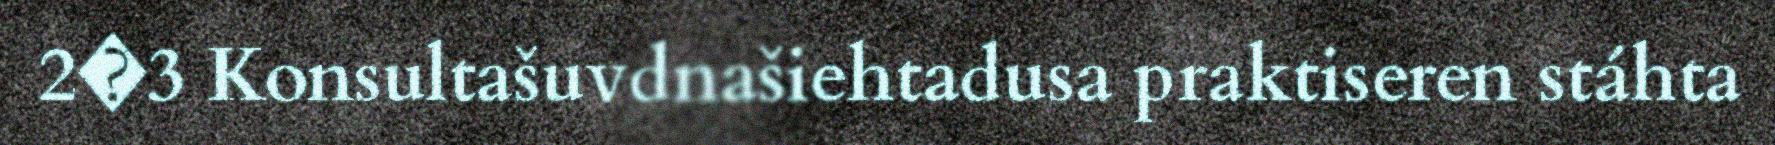
2�3 Konsultašuvdnašiehtadusa praktiseren stáhta